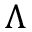
\Lambda